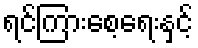
ရင်ကြားစေ့ရေးနှင့်